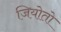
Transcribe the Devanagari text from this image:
जियोतो